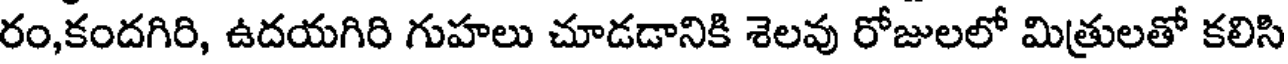
రం,కందగిరి, ఉదయగిరి గుహలు చూడడానికి శెలవు రోజులలో మిత్రులతో కలిసి